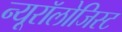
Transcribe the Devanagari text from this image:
न्यूरॉलोजिस्ट